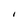
Character: I